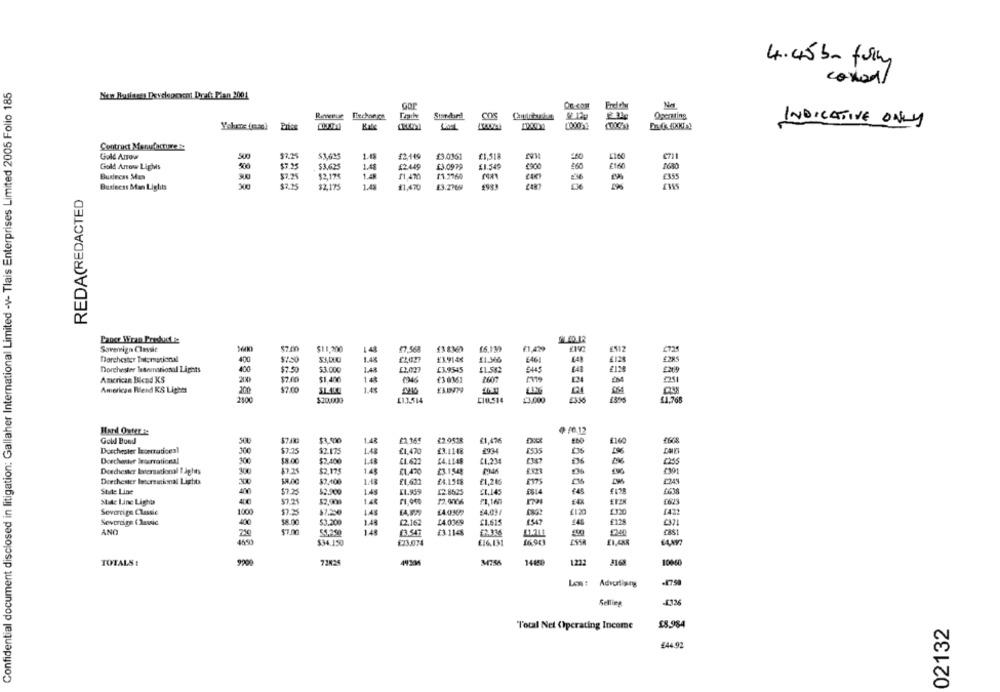
4.45 bm fully
Confidential document disclosed in litigation: Gallaher International Limited -v- Tlais Enterprises Limited 2005 Folio 185
conad/
New Business Developcent Draft Plan 2004
Gor
Standbird
1.120
Openting
Prins
INDICATIVE ONLY
Contract Manufacture Re
Gold Arrow
500
$7.25
$1,635
£2,119
£3.0361
£1.518
Gold Anow Lights
900
$7.25
$3.625
1.4
12.449
£3.0979
£1.549
€900
Business Mas
$7.25
$2,17€
11.2760
-
Business Man Lights
32.175
1.43
$1,470
13.276M
8888
ERRE
REDA(REDACTED
Sovereign Clavic
57.00
$11,300
148
(7 568
13 8360
£1,429
72
Dorchester Totemational
400
$750
£1914X
E461
412
Dorchester lesemarional Lights
400
$7.50
$3.000
£3.9545
American Blend KS
$7.00
$1.400
£30361
2M
$7.00
American Blend KS Lights
200
01
2800
$20.000
£13.514
CI0,514
21.000
£356
Gold Bund
300
1.48
£2.9518
£1,476
Dorchester Ieserraticesl
300
$7.75
$2.175
£1.470
£3.1148
2934
1535
Dorchester Interrational
300
$2.400
£1.672
£4.1148
(1,23
£255
Dorchester Istersational tights
300
$7.21
$2.175
148
£3.1548
M46
£923
Dorchester Istorsinkomal Lights
$2.100
1.48
£4.1548
£249
Stile Line
$7.25
$2.900
LAS
11.959
£2.8525
£1.145
€45
Made Line Lights
57.25
1.46
0823
Sovereign Classic
1000
$7.250
$4.03/
2320
1422
Severdige ( Rassic
400
$3.200
1.48
12.162
£4.0369
£1.615
545
£128
[3]1
ANO
$7.00
51.250
14
£3.547
£3.1148
$2.336
£1.ALL
240
16.943
$34.150
£23.014
£16.131
TOTALS:
9900
1222
100-60
-1758
Les: Advurliang
Selling
£8.984
02132
Total Net (Ipcrating Income
£44.92